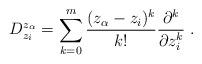
LaTeX: \begin{align*}D_{z_i}^{z_{\alpha}} = \sum_{k=0}^{m} \frac{(z_{\alpha} - z_i)^k}{k!} \frac{\partial^k}{\partial z_i^k} \; .\end{align*}